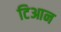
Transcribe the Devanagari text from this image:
टिआन